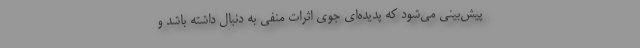
پیش‌بینی می‌شود که پدیده‌ای جوی اثرات منفی به دنبال داشته باشد و